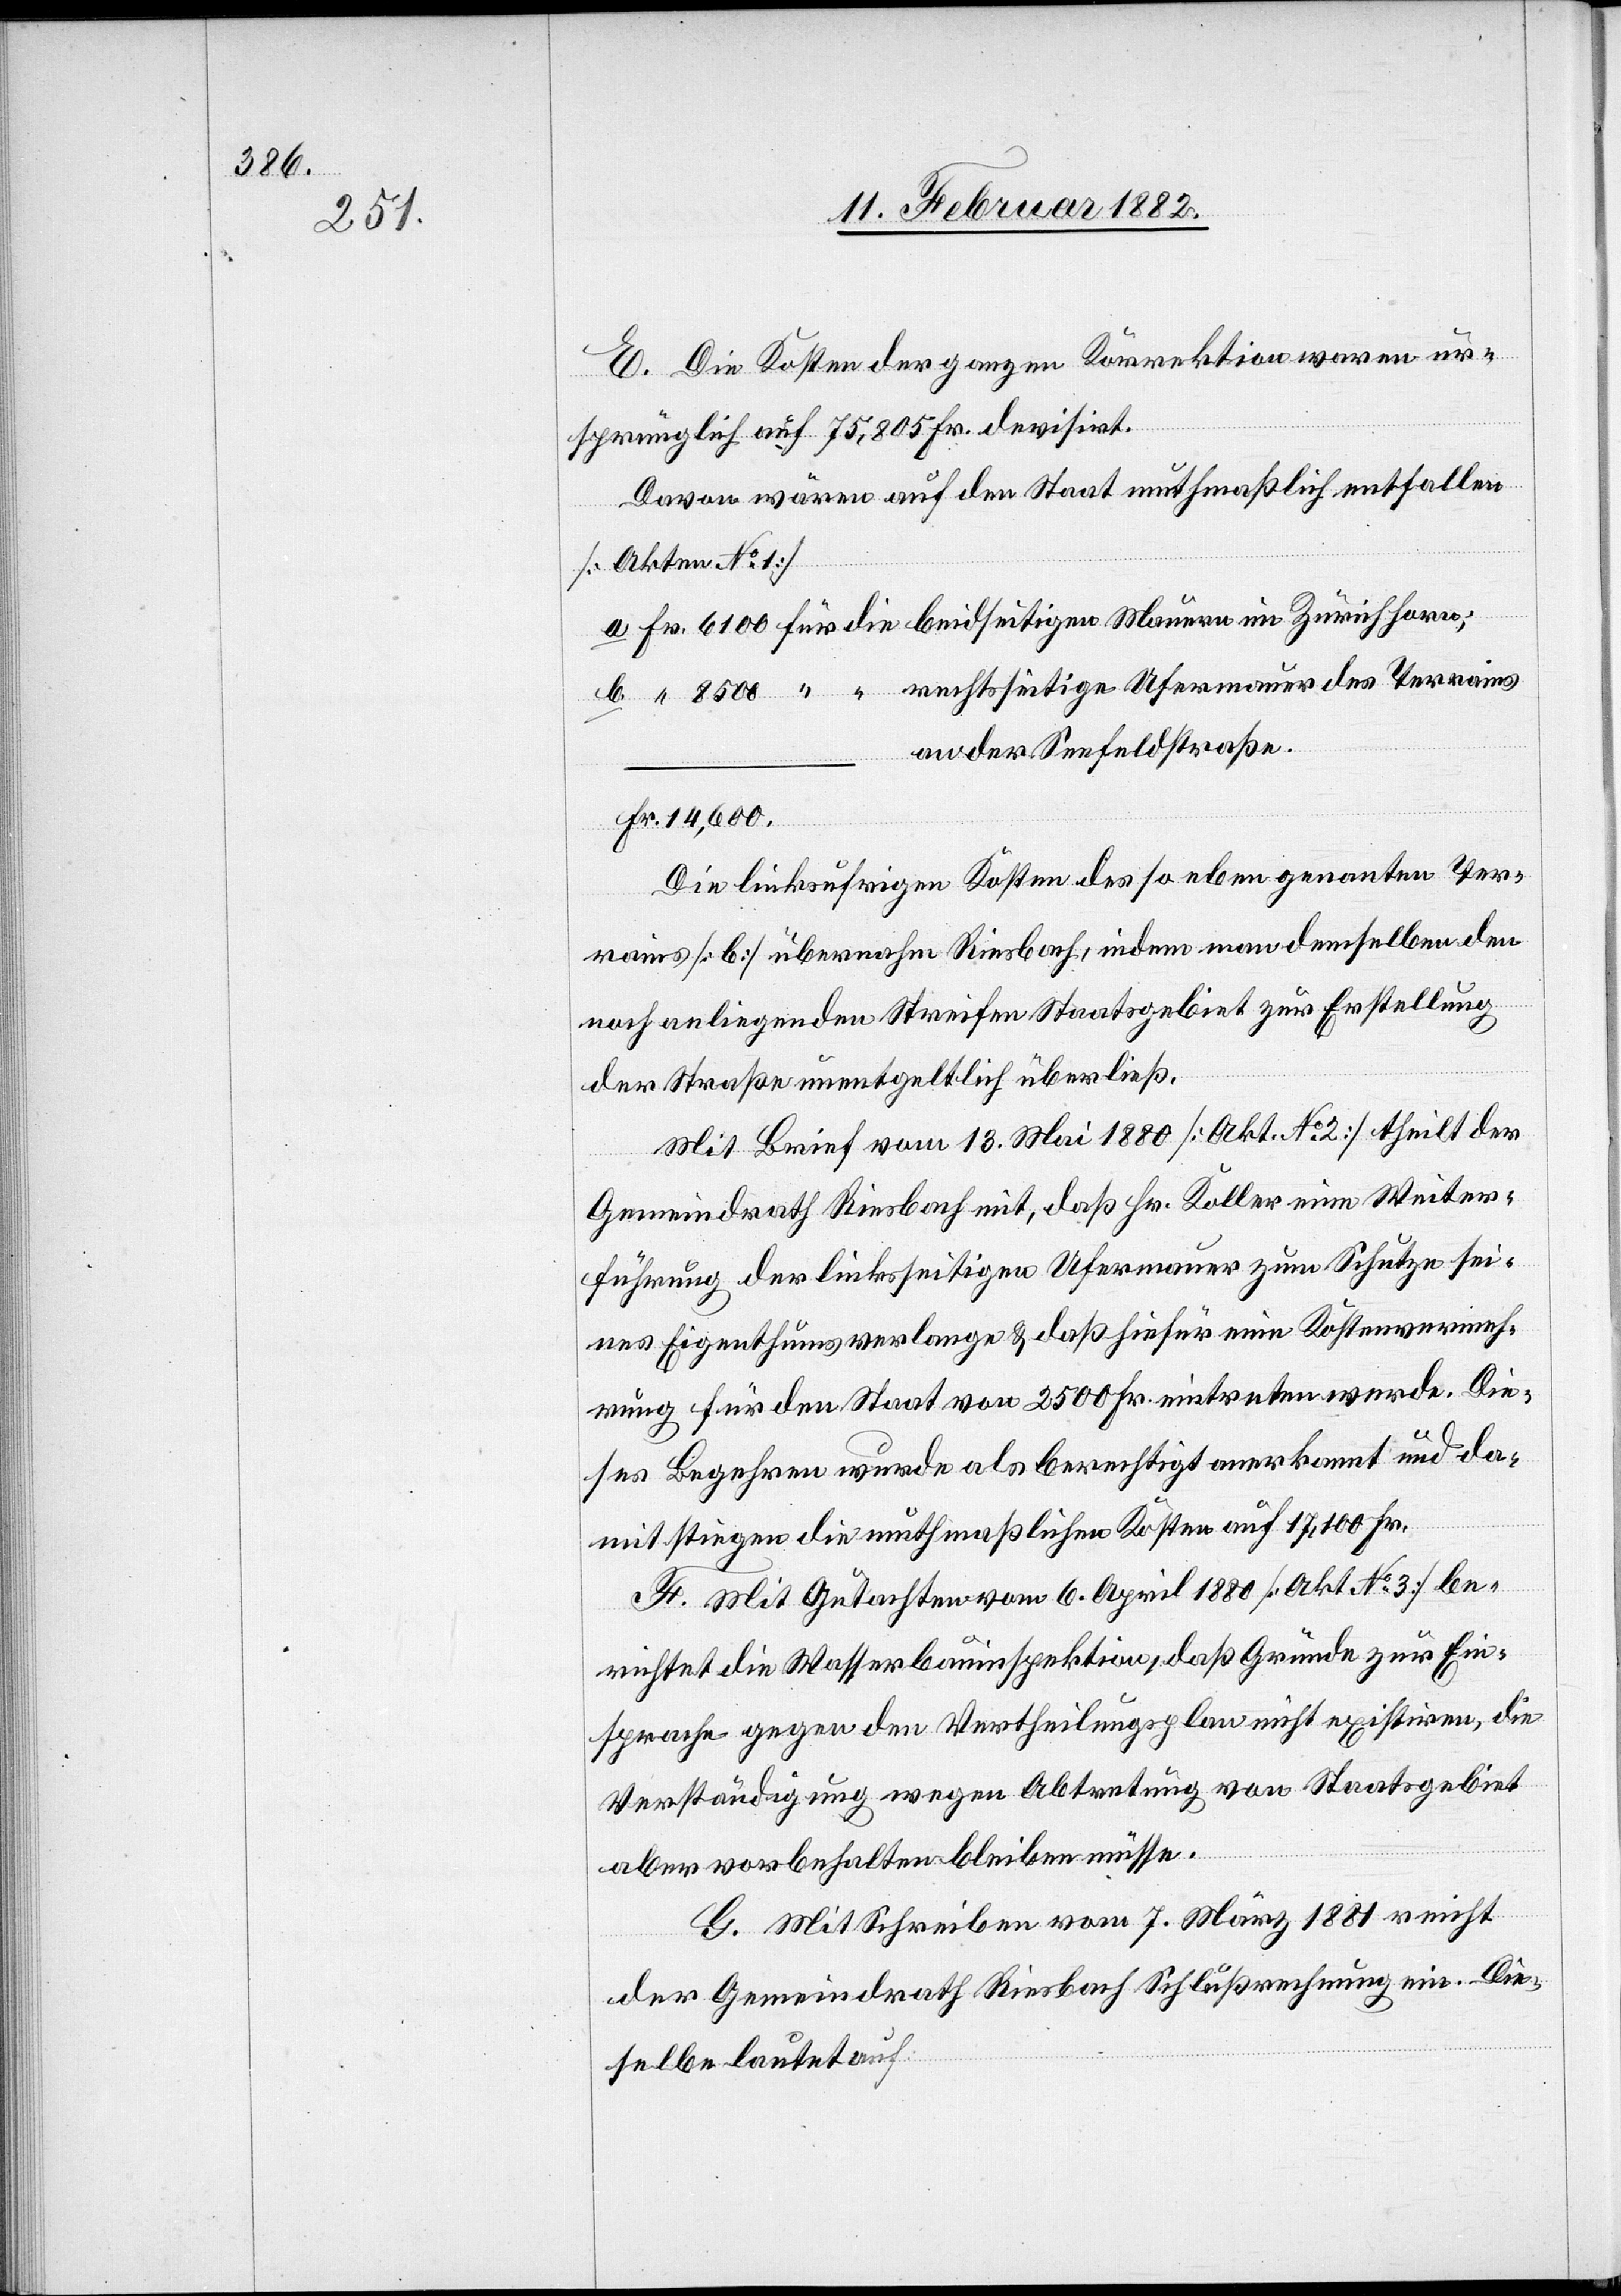
E. Die Kosten der ganzen Korrektion waren ur¬
sprünglich auf 75,805 Fr. devisirt.
Davon wären auf den Staat muthmaßlich entfallen
[Akten No 1]
a. 	Fr. 6100 für die 	beidseitigen Mauern im Zürichhorn;
b. “		8500 “ “ 	rechtseitige Ufermauer des Terrains
an der Seefeldstraße.
Fr. 14,600.
Die linksufrigen Kosten des so eben genannten Ter¬
rains [b] übernahm Riesbach, indem man demselben den
noch anliegenden Streifen Staatsgebiet zur Erstellung
der Straße unentgeltlich überließ.
Mit Brief vom 13. Mai 1880 [Akt. No 2] theilt der
Gemeindrath Riesbach mit, daß Hr. Koller eine Weiter¬
führung der linksseitigen Ufermauer zum Schutze sei¬
nes Eigenthums verlange & daß hiefür eine Kostenverrech¬
nung für den Staat von 2500 Fr. eintreten werde. Die¬
ses Begehren wurde als berechtigt anerkannt und da¬
mit stiegen die muthmaßlichen Kosten auf 17,100 Fr.
H. Mit Gutachten vom 6. April 1880 [Akt. No 3] be¬
richtet die Wasserbauinspektion, daß Gründe zur Ein¬
sprache gegen den Vertheilungsplan nicht existiren, die
Verständigung wegen Abtretung von Staatsgebiet
aber vorbehalten bleiben müsse.
G. Mit Schreiben vom 7. März 1881 reicht
der Gemeindrath Riesbach Schlußrechnung ein. Die¬
selbe lautet auf: